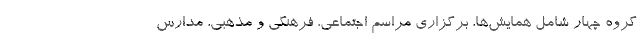
گروه چهار شامل همایش‌ها، برگزاری مراسم اجتماعی، فرهنگی و مذهبی، مدارس